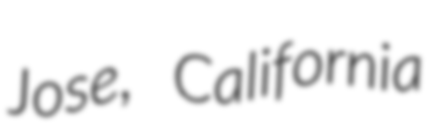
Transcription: Jose, California